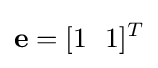
\mathbf {e} =[1\,\,\,\,1]^{T}